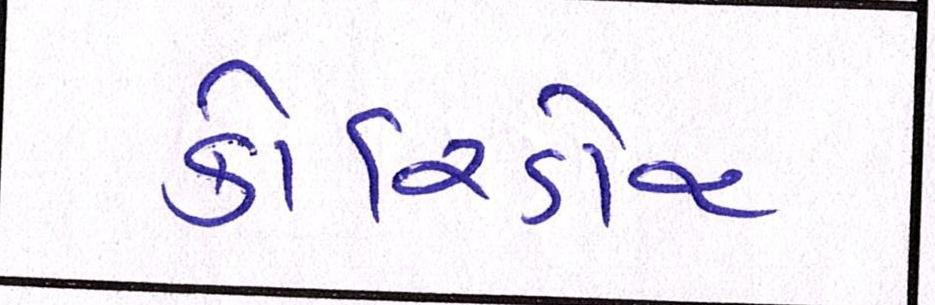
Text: કોરિડોર